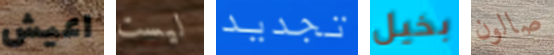
اعيش ليست تجديد بخيل صالون